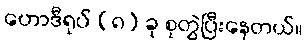
ဟောဒီရုပ် (၈) ခု စုတွဲပြီးနေတယ်။